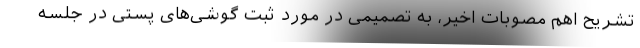
تشریح اهم مصوبات اخیر، به تصمیمی در مورد ثبت گوشی‌های پستی در جلسه